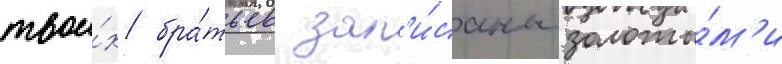
твои́х бра́тьев зап'и́саны золоты́м'и